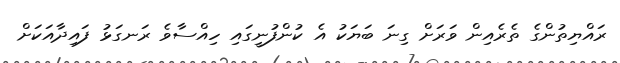
ރައްޔިތުންގެ ތެރެއިން ވަރަށް ގިނަ ބަޔަކު އެ ކުންފުނީގައި ހިއްސާވެ ރަނގަޅު ފައިދާއަކަށް